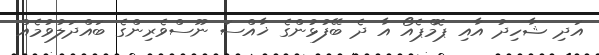
އަދި ޝާހިދު އާއި ޕޮމްޕެއޯ އާ ދެ ބޭފުޅުންގެ ޚާއްސަ ނޫސްވެރިންގެ ބައްދަލުވުމެއް